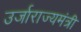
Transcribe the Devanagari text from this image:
उर्जाराज्यमंत्री